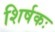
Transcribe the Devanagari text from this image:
शिर्षकः